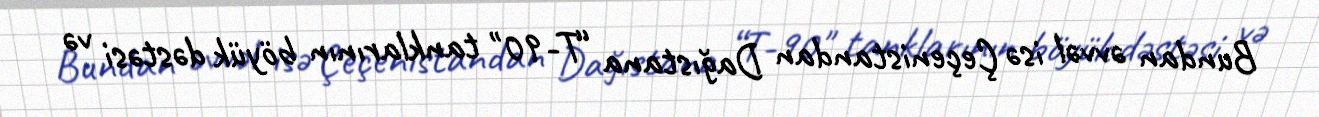
Bundan əvvəl isə Çeçenistandan Dağıstana “T-90" tanklarının böyük dəstəsi və